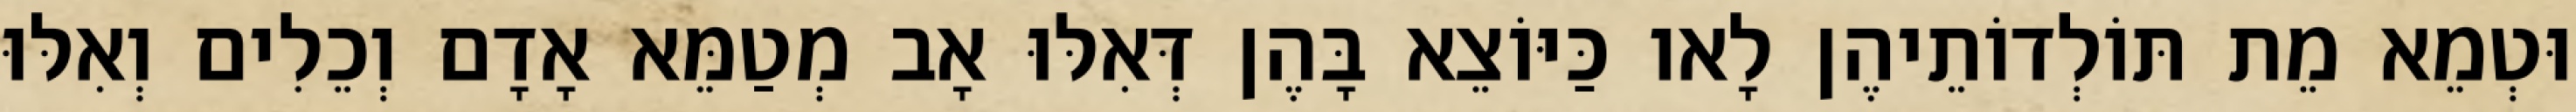
וּטְמֵא מֵת תּוֹלְדוֹתֵיהֶן לָאו כַּיּוֹצֵא בָּהֶן דְּאִלּוּ אָב מְטַמֵּא אָדָם וְכֵלִים וְאִלּוּ